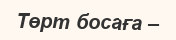
Төрт босаға –